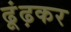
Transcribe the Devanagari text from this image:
ढूंढ़कर